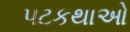
પટકથાઓ